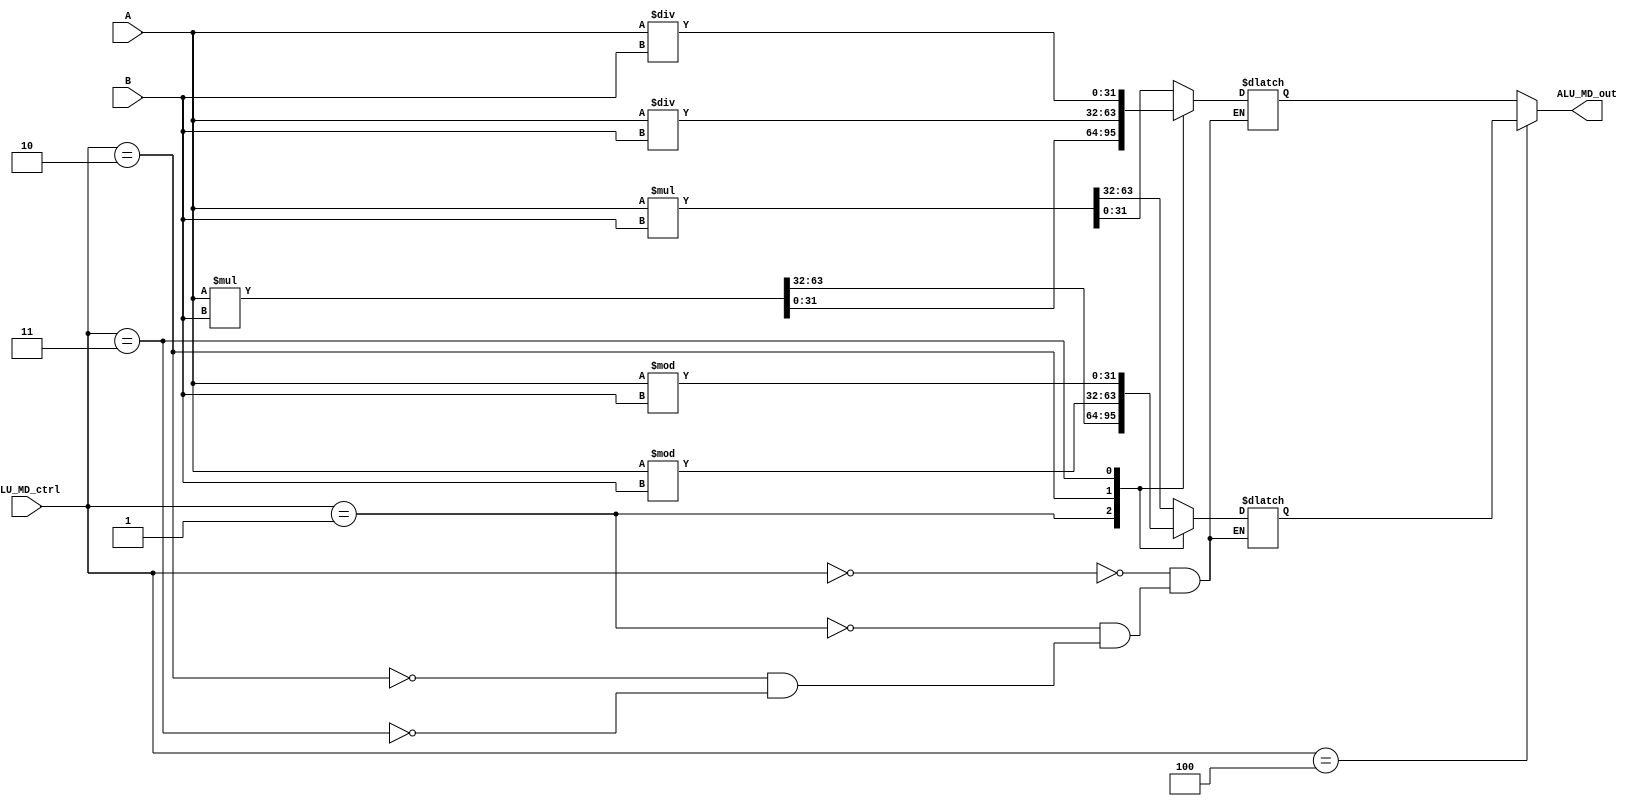
module ALU_MD(ALU_MD_ctrl,A,B,ALU_MD_out);
  input [2:0]ALU_MD_ctrl;//3'b000 signed *
                         //3'b001 unsigned *
                         //3'b010 signed /
                         //3'b011 unsigned /
                         //3'b100 mfhi
                         //3'b101 mflo
  input [31:0]A,B;//rs data,rt data
  output [31:0]ALU_MD_out;//hi data or lo data
  
  reg [31:0]hi,lo;
  
  
  always@(*)
  begin
   case(ALU_MD_ctrl)
    3'b000:{hi,lo}<=$signed(A)*$signed(B);
    3'b001:{hi,lo}<=A*B;
    3'b010:
        begin 
          lo<=$signed(A)/$signed(B);
          hi<=$signed(A)%$signed(B);
        end
    3'b011:
        begin 
          lo<=A/B;
          hi<=A%B;
        end
    endcase
 end
   
   assign ALU_MD_out=(ALU_MD_ctrl==3'b100)? hi:lo;
  
endmodule